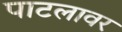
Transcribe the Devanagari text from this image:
पाटलावर